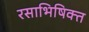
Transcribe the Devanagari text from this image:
रसाभिषिक्त